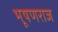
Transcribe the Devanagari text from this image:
भूषणराज